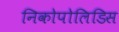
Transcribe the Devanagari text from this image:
निकोपोलिडिस